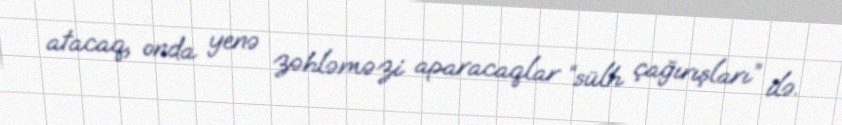
atacaq, onda yenə zəhləməzi aparacaqlar “sülh çağırışları” ilə.